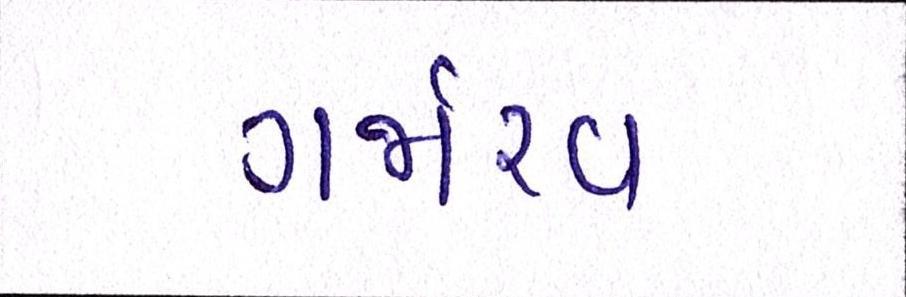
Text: ગર્જારવ